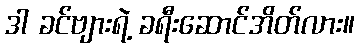
ဒါ ခင်ဗျားရဲ့ ခရီးဆောင်အိတ်လား။